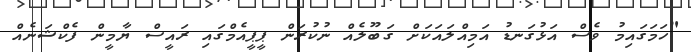
"ހަމަގައިމު ވެސް އަޅުގަނޑު އަމިއްލައަކަށް ގަބޫލެއް ނުކުރަން ޕީޕީއެމްގައި ރައީސް ޔާމީން ފެކްޝަނެއް